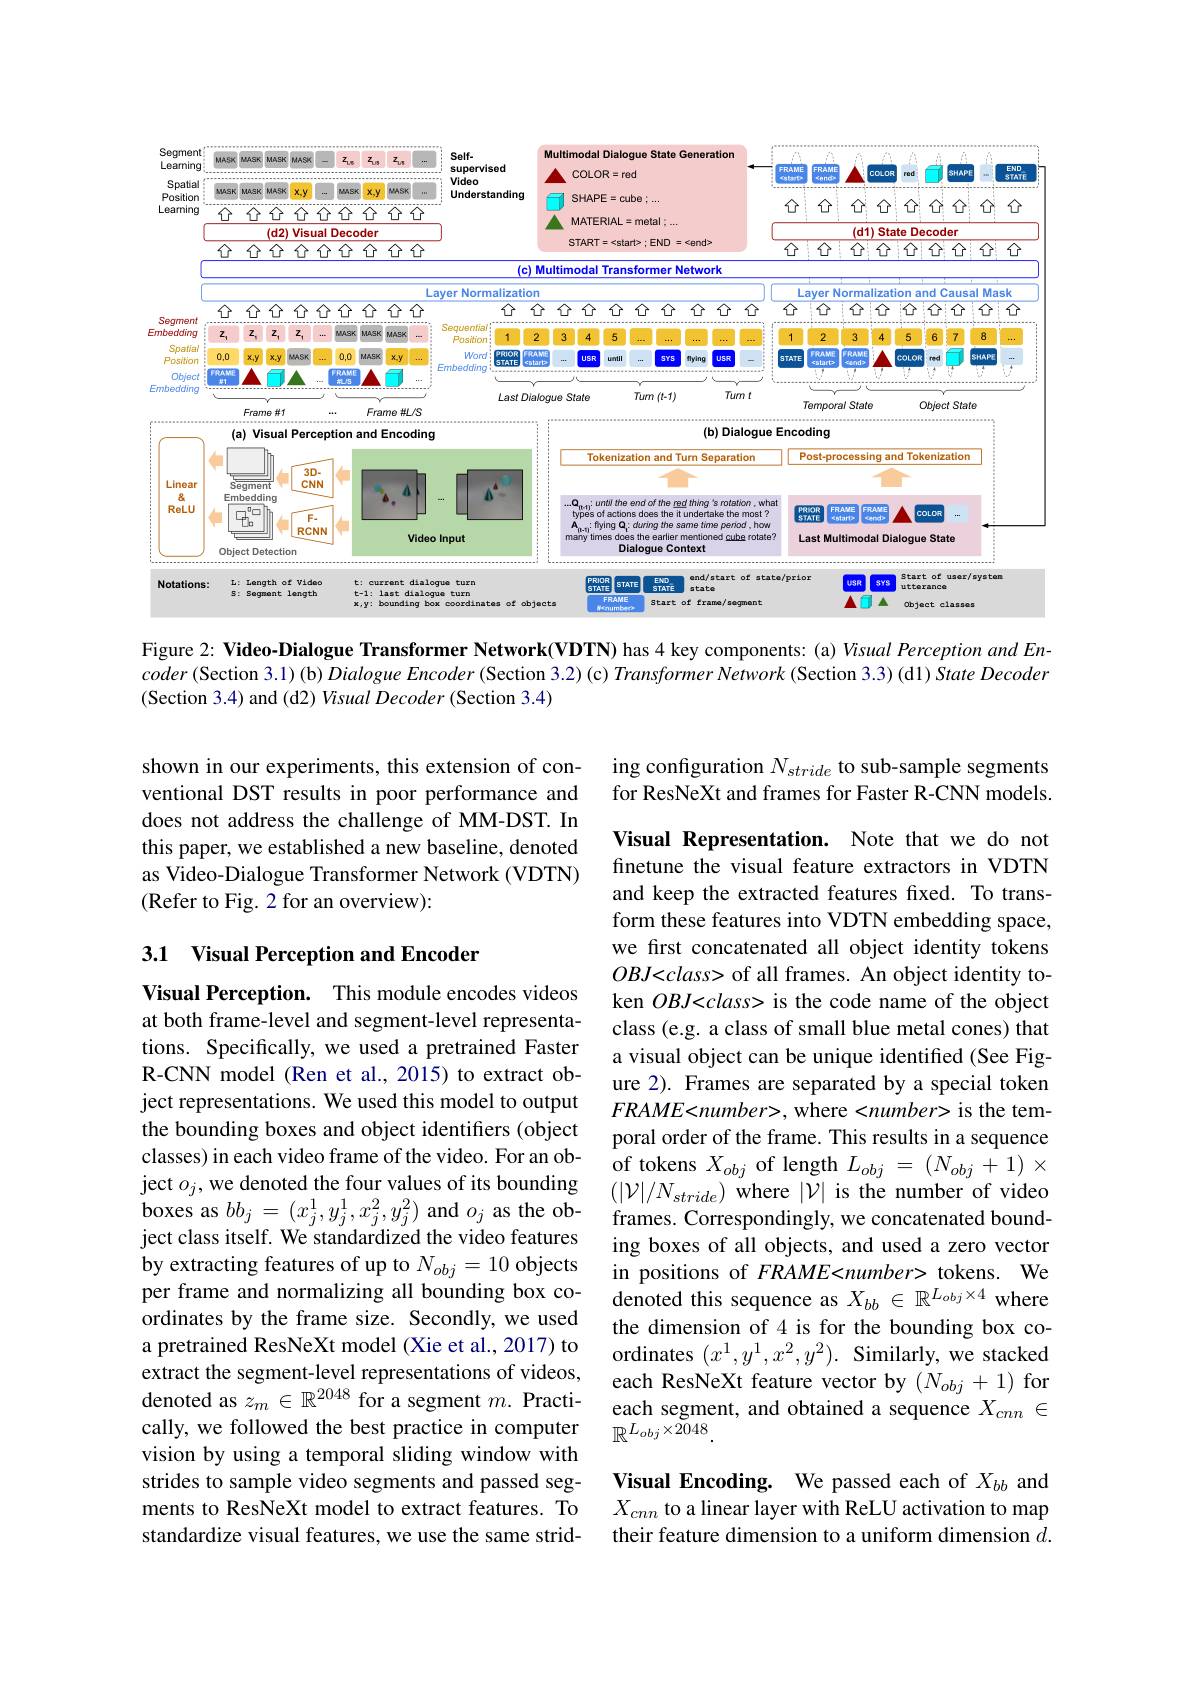
<FigureHere>

Figure 2: Video-Dialogue Transformer Network(VDTN) has 4 key components: (a) Visual Perception and En- $coder\left ( \mathrm{Section~3. 1}\right ) ($b$) Dialogue$ $Encoder\left ( \mathrmSection~3. 2\right ) ($c$) Transformer$ $Network\left ( \mathrmSection~3. 3\right ) ($d1) State Decoder (Section 3.4) and (d2) Visual Decoder (Section 3.4)

ing configuration $N_stride$ to sub-sample segments for ResNeXt and frames for Faster R-CNN models.

shown in our experiments, this extension of conventional DST results in poor performance and does not address the challenge of MM-DST. In this paper, we established a new baseline, denoted as Video-Dialogue Transformer Network (VDTN) (Refer to Fig. 2 for an overview):

### 3.1 Visual Perception and Encoder

Visual Representation. Note that we do not finetune the visual feature extractors in VDTN and keep the extracted features fixed. To transform these features into VDTN embedding space, we first concatenated all object identity tokens $OBJ<class>$ of all frames. An object identity token $OBJ<class>$ is the code name of the object class (e.g. a class of small blue metal cones) that a visual object can be unique identified (See Figure 2). Frames are separated by a special token $FRAME<number>$,where <number> is the temporal order of the frame. This results in a sequence of tokens $X_{obj}$ of length $L_obj=(N_{obj}+1)\times$ $(|\mathcal{V}|/N_{stride})$ where $|\mathcal{V}|$ is the number of video
boxes as $bb_j= ( x_j^1, y_j^1, x_j^2, y_j^2)$ and $o_j$ as the ob- frames. Correspondingly, we concatenated bound- ject class itself. We standardized the video featuresing boxes of all obiects. and used a zero vector
ing boxes of all objects, and used a zero vector in positions of FRAME<number> tokens. We denoted this sequence as $X_{bb}\in\mathbb{R}^{L_{obj}\times4}$ where the dimension of 4 is for the bounding box coordinates $(x^1,y^1,x^2,y^2).$ Similarly, we stacked
extract the segment-level representations of videos, each ResNeXt feature vector by $(N_{obj}+1)$ for denoted as $z_m\in\mathbb{R}^{2048}$ for a segment $m.$ Practi- each segment, and obtained a sequence $X_{cnn}\in$
$\mathbb{R}^{L_{obj}\times\bar{20}48}$

Visual Perception. This module encodes videos at both frame-level and segment-level representations. Specifically, we used a pretrained Faster R-CNN model (Ren et al., 2015) to extract object representations. We used this model to output the bounding boxes and object identifiers (object classes) in each video frame of the video. For an object $o_j$,we denoted the four values of its bounding by extracting features of up to $N_{obj}=10$ objects per frame and normalizing all bounding box coordinates by the frame size. Secondly, we used a pretrained ResNeXt model (Xie et al., 2017) to extract the segment-level representations of videos, cally, we followed the best practice in computer vision by using a temporal sliding window with strides to sample video segments and passed segments to ResNeXt model to extract features. To standardize visual features, we use the same strid-

Visual Encoding. We passed each of $X_{bb}$ and $X_{cnn}$ to a linear layer with ReLU activation to map their feature dimension to a uniform dimension $d.$